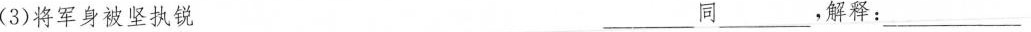
(3)将军身被坚执锐 ___同___，解释：___